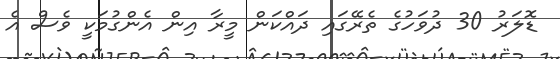
ޑޮލަރު 30 ދުވަހުގެ ތެރޭގައި ދައްކަން މީރާ އިން އެންގުމަކީ ވެސް އެ